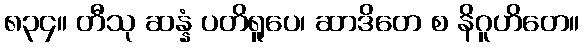
၈၃၄။ တီသု ဆန္နံ ပတိရူပေ၊ ဆာဒိတေ စ နိဂူဟိတေ။